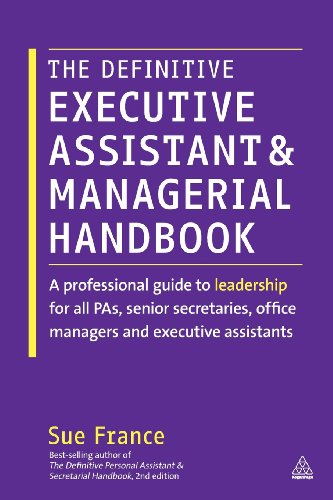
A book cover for The Definitive Executive Assistant and Managerial Handbook: A Professional Guide to Leadership for all PAs, Senior Secretaries, Office Managers and Executive Assistants; Sue France; Business & Money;